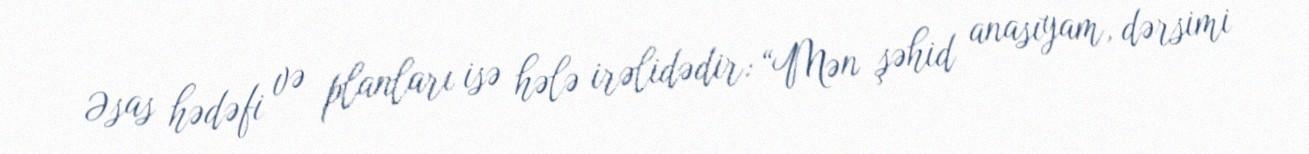
Əsas hədəfi və planları isə hələ irəlidədir: “Mən şəhid anasıyam, dərsimi